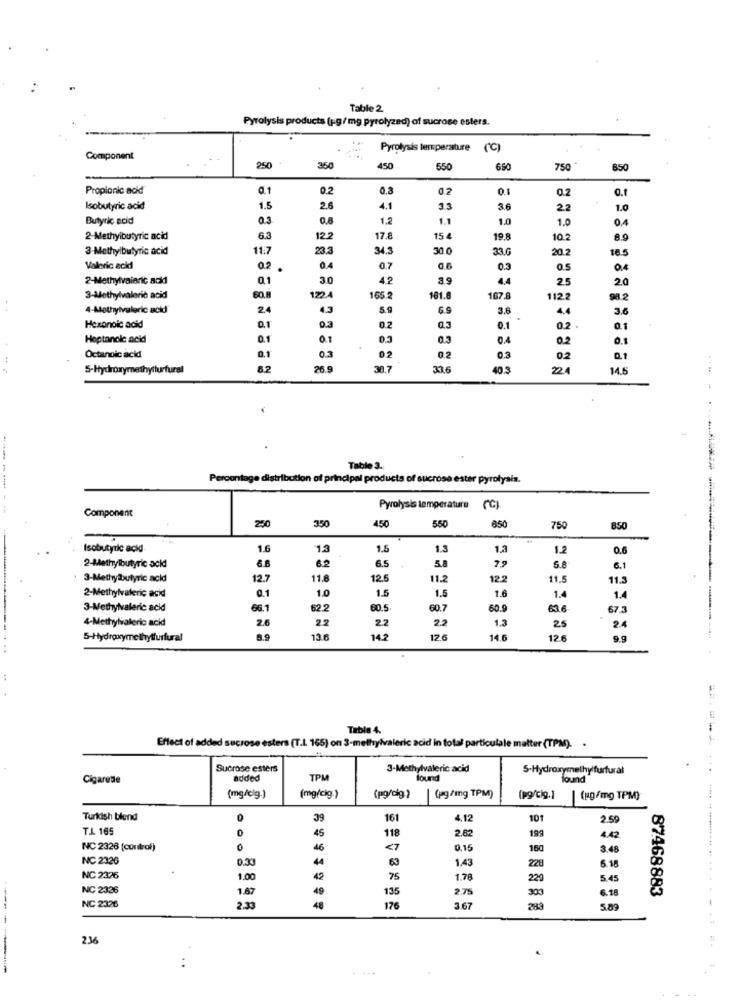
Table 2
Pyrolysis products (1-g/mg pyrolyzed) of sucrose esters.
Pyrolysis temperature ('℃)
Component
250
350
450
550
650
750
850
Propionic acid
0.1
0.2
0.3
0.2
0.2
Isobutyric acid
1.5
2.6
4.1
3.3
36
2.2
1.0
Butyric acid
0.3
0.8
1.2
1.1
1.0
1.0
0.4
2-Methylbutyric acid
6.3
12.2
17.8
15 4
19,8
10.2
8.9
3-Methylbutyric acid
11:7
23.
34.3
30.0
33.6
20.2
18.5
Valoric acid
0.2
0.4
0.7
0.6
0.3
0.5
0.4
2-Methylvaieric ack
Q1
3.0
42
3.9
4.4
2.5
2.0
3-Methylvaleric acid
1224
165.
181.8
167.8
112.2
98.2
4-Methylvaleric acid
4.5
5.9
3.6
4.4
3.0
0.1
03
.
Hexonoic acid
0.2
0.1
02
01
Heptanole acid
0.1
0.1
0.3
0.3
0,4
0.2
0.1
Octanoic acid
0.1
0.3
0.2
0.2
0.3
0.2
0.1
5-Hydroxymethylturfural
6.2
26 9
30.7
33.6
10.3
224
14.5
Table 3.
Percentage distribution of principal products of sucrose ester pyrolysis.
-------
Component
Pyrolysis temperature
(G)
250
350
450
550
750
850
Isobutyric acid
1.6
-13
1.5
1.3
1.3
1.2
0.6
6.8
6.2
79
2-Methylbutyric acid
6.5
58
5.8
€.1
3-Methylbutyric acid
12.7
11.8
12.5
11.2
12.2
11.5
11.
2-Methylvateric acid
0.1
1.0
1.5
1.6
1.5
1.4
1.4
3-Methylvaleric acid
66.1
62.2
30.5
60.7
60.9
636
67.3
2.6
2.2
2.2
1.3
4-Methylvaleric acid
2.2
25
2.4
5-Hydroxymethylfurfural
13.6
14.2
126
14.6
12.6
9.g
Table 4.
Effect of added sucrose esters (T.L. 165) on 3-methylvaleric acid in total particulale matter (TPM). .
Sucrose esters
3-Methylvaleric acid
5-Hydroxymethylfurfural
....
Cigarette
added
TPM
four
(mg/cig-)
(mg/cig.)
(pg/dig)
| (pg /mg TPM)
(pg/cig.]
| (g/mg TPM)
Turkish blend
39
161
4.12
101
2.59
T.L 165
45
118
2.82
4.42
NC 2326 [control)
46
<7
0,15
160
3.48
NC 2326
0.33
44
63
1.43
228
6.18
NC 2326
1.00
75
1.78
229
5.45
NC 2326
1.67
135
2.75
303
6.18
87468883
NC 2326
2.33
48
176
3.67
589
236
------